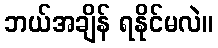
ဘယ်အချိန် ရနိုင်မလဲ။